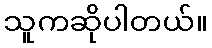
သူကဆိုပါတယ်။